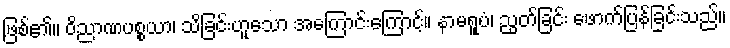
ဖြစ်၏။ ဝိညာဏပစ္စယာ၊ သိခြင်းဟူသော အကြောင်းကြောင့်။ နာမရူပံ၊ ညွတ်ခြင်း ဖောက်ပြန်ခြင်းသည်။